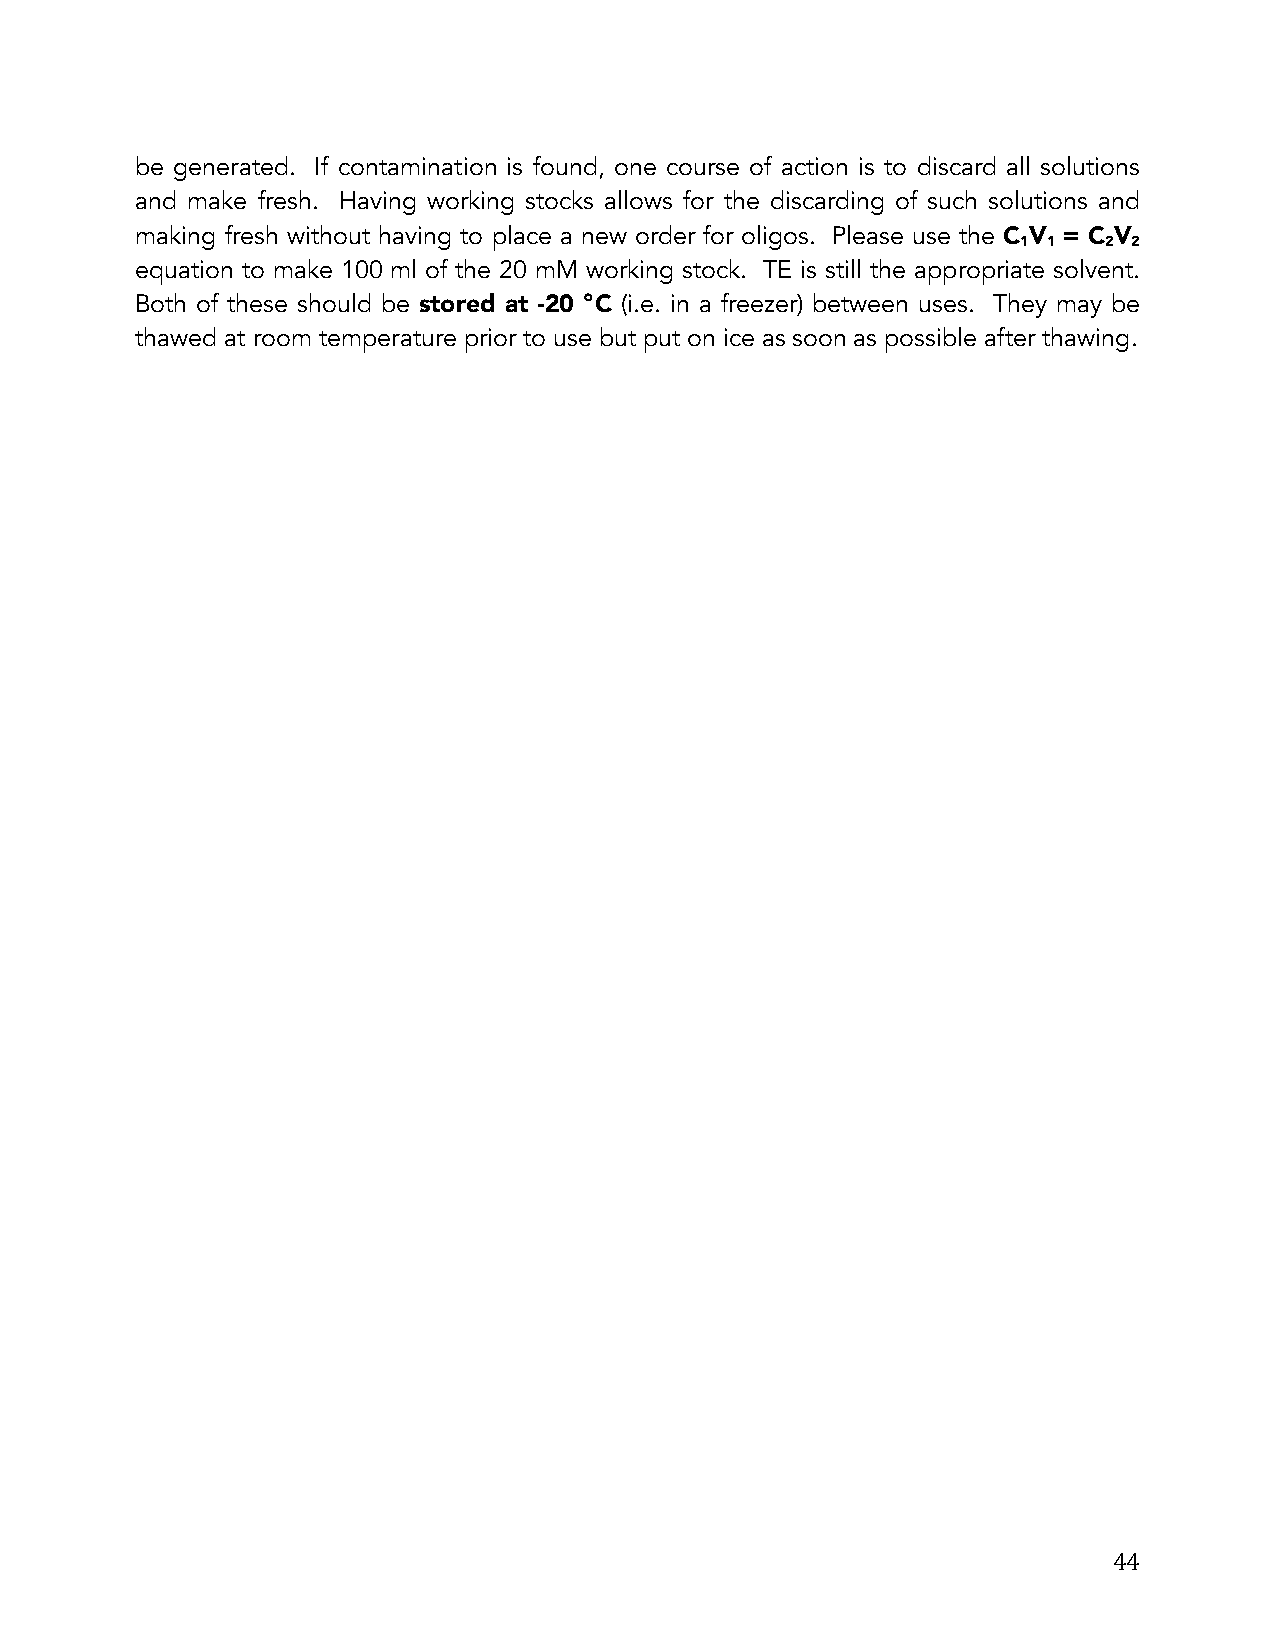
be generated. If contamination is found, one course of action is to discard all solutions
 and make fresh. Having working stocks allows for the discarding of such solutions and
 making fresh without having to place a new order for oligos. Please use the C V = C V
 1 1  2 2
 equation to make 100 ml of the 20 mM working stock. TE is still the appropriate solvent.
 Both of these should be stored at -20 °C (i.e. in a freezer) between uses. They may be
 thawed at room temperature prior to use but put on ice as soon as possible after thawing.
 44